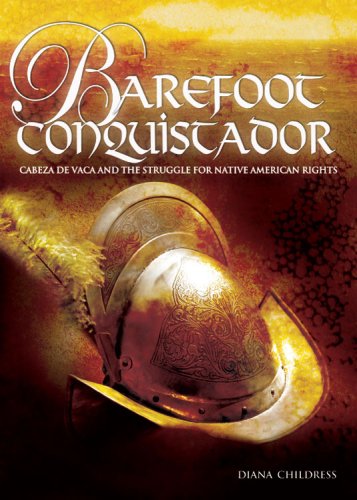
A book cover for Barefoot Conquistador: Cabeza de Vaca and the Struggle for Native American Rights (Exceptional Biographies for Upper Grades); Diana Childress; Teen & Young Adult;